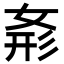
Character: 𭑾